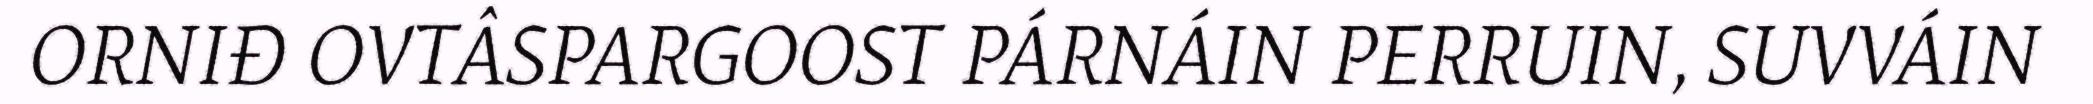
ORNIĐ OVTÂSPARGOOST PÁRNÁIN PERRUIN, SUVVÁIN